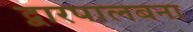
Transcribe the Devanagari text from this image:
द्वारपालबना